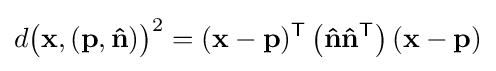
d{\bigl (}\mathbf {x} ,(\mathbf {p} ,\mathbf {\hat {n}} ){\bigr )}^{2}=(\mathbf {x} -\mathbf {p} )^{\mathsf {T}}\left(\mathbf {\hat {n}} \mathbf {\hat {n}} ^{\mathsf {T}}\right)(\mathbf {x} -\mathbf {p} )